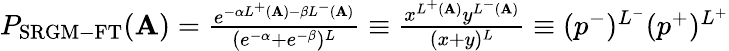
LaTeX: \begin{array}{r}{P_{\mathrm{SRGM-FT}}(\mathbf{A})=\frac{e^{-\alpha L^{+}(\mathbf{A})-\beta L^{-}(\mathbf{A})}}{(e^{-\alpha}+e^{-\beta})^{L}}\equiv\frac{x^{L^{+}(\mathbf{A})}y^{L^{-}(\mathbf{A})}}{(x+y)^{L}}\equiv(p^{-})^{L^{-}}(p^{+})^{L^{+}}}\end{array}